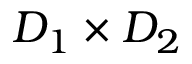
D _ { 1 } \times D _ { 2 }